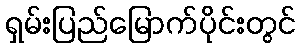
ရှမ်းပြည်မြောက်ပိုင်းတွင်